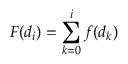
F ( d _ { i } ) = \sum _ { k = 0 } ^ { i } f ( d _ { k } )